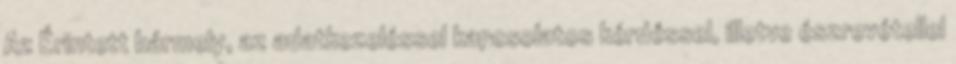
Az Érintett bármely, az adatkezeléssel kapcsolatos kérdéssel, illetve észrevétellel